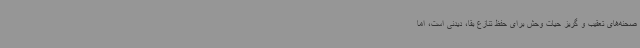
صحنه‌های تعقیب و گریز حیات وحش برای حفظ تنازع بقا، دیدنی است، اما